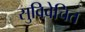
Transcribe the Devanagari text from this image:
सुविवेचित